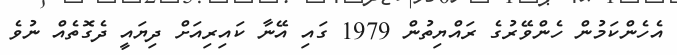
އެހެންކަމުން ހެންވޭރުގެ ރައްޔިތުން 1979 ގައި އޭނާ ކައިރިއަށް ދިޔައީ ދެގޮތެއް ނުވެ